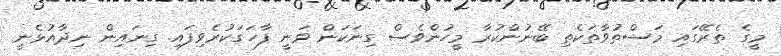
މީގެ ތެރޭގައި މަސްތުވާތަކެތި ބޭނުންކުރާ މީހުންވެސް ގިނަކަން ވަނީ ފާހަގަކުރެވިފައި. ގިނައިން ނިދާއުޅެނީ